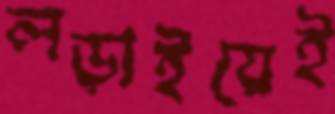
লড়াইয়েই